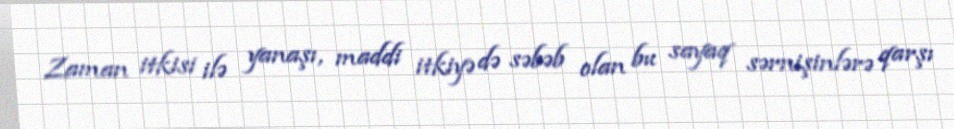
Zaman itkisi ilə yanaşı, maddi itkiyə də səbəb olan bu sayaq sərnişinlərə qarşı